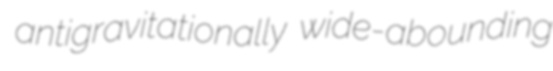
antigravitationally wide-abounding